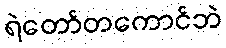
ရဲတော်တကောင်ဘဲ